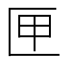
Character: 匣